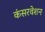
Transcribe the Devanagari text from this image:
कंसरवेशन